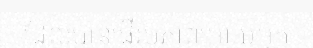
ដែលបានផ្ញើរូបភាពអោយអ្នក